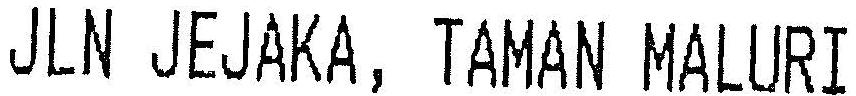
JLN JEJAKA, TAMAN MALURI